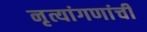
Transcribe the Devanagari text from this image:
नृत्यांगणांची